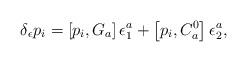
LaTeX: \begin{align*}\delta _\epsilon p_i=\left[ p_i,G_a\right] \epsilon _1^a+\left[p_i,C_a^0\right] \epsilon _2^a,\end{align*}